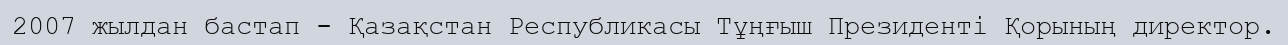
2007 жылдан бастап - Қазақстан Республикасы Тұңғыш Президенті Қорының директор.